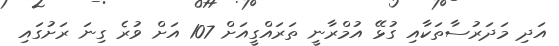
އަދި މަދަރުސާތަކާއި ގުޅޭ އުމްރާނީ ތަރައްގީއަށް 107 އަށް ވުރެ ގިނަ ރަށުގައި